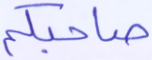
صاحبكم